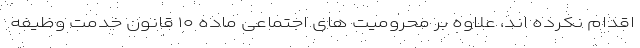
اقدام نکرده اند، علاوه بر محرومیت های اجتماعی ماده ۱۰ قانون خدمت وظیفه